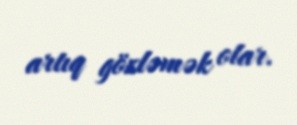
artıq gözləmək olar.